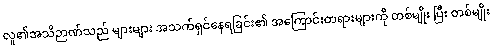
လူ၏အသိဉာဏ်သည် များများ အသက်ရှင်နေရခြင်း၏ အကြောင်းတရားများကို တစ်မျိုး ပြီး တစ်မျိုး